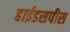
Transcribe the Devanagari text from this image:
हाईडसपीस